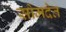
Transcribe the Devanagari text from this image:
सोमदेत